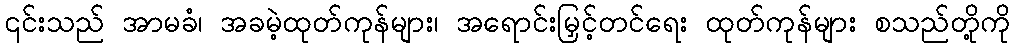
၎င်းသည် အာမခံ၊ အခမဲ့ထုတ်ကုန်များ၊ အရောင်းမြှင့်တင်ရေး ထုတ်ကုန်များ စသည်တို့ကို